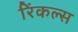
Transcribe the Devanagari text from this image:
रिंकल्स